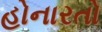
હોનારતો